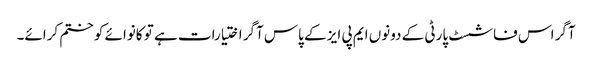
آگر اس فاشسٹ پارٹی کے دونوں ایم پی ایز کے پاس آگر اختیارات ہے تو کانوائے کو ختم کرائے۔